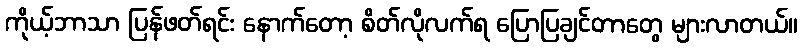
ကိုယ့်ဘာသာ ပြန်ဖတ်ရင်း နောက်တော့ စိတ်လိုလက်ရ ပြောပြချင်တာတွေ များလာတယ်။